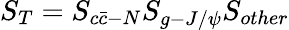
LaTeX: S_{T}=S_{c\bar{c}-N}S_{g-{J/{\psi}}}S_{other}